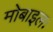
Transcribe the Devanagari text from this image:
मोबाइलः